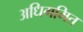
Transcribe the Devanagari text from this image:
अधिगमित